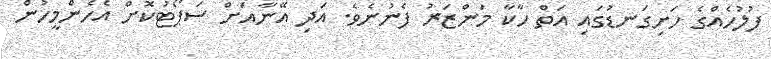
ފުލުހެއްގެ ހަށިގަނޑުގައި އަތް ހާކާ މަންޒަރު ފެނުނެވެ. އަދި އޭނާއަށް ސަޕޯޓުކޮށް އެހެންމީހުން